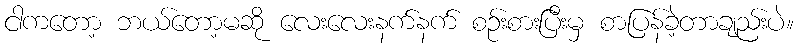
ငါကတော့ ဘယ်တော့မဆို လေးလေးနက်နက် စဉ်းစားပြီးမှ စာပြန်ခဲ့တာချည်းပဲ။